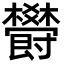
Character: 欎